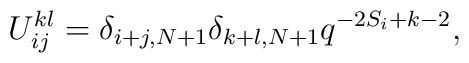
U_{ij}^{kl} = \delta_{i+j,N+1}\delta_{k+l,N+1} q^{-2S_i+k-2},